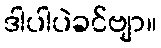
ဒါပါပဲခင်ဗျာ။